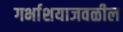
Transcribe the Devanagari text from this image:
गर्भाशयाजवळील